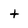
Character: t